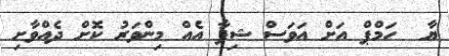
ޔާ  ހަމްޕް އަށް އަވަސް ޝިފާ އެއް މިންވަރު ކޮށް ދެއްވާށި